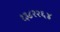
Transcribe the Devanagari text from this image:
१३८२२६४